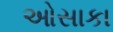
ઓસાકા